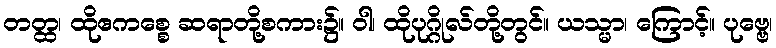
တတ္ထ၊ ထိုဧကစ္စေ ဆရာတို့စကား၌။ ဝါ၊ ထိုပုဂ္ဂိုလ်တို့တွင်။ ယသ္မာ၊ ကြောင့်။ ပုဗ္ဗေ၊